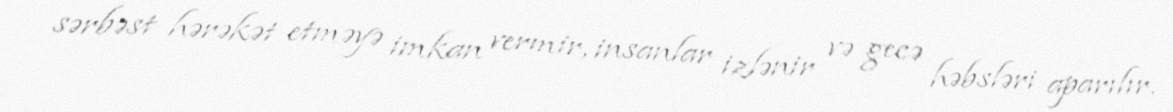
sərbəst hərəkət etməyə imkan vermir, insanlar izlənir və gecə həbsləri aparılır.